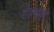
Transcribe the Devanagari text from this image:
देल्वोइरे